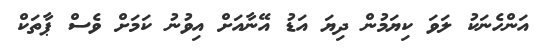
އަންހެނަކު ލަވަ ކިޔަމުން ދިޔަ އަޑު އޭނާއަށް އިވުނު ކަމަށް ވެސް ޕާތަކް